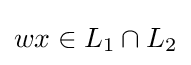
wx\in L_{1}\cap L_{2}